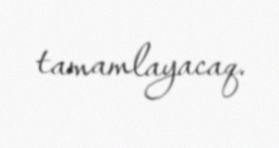
tamamlayacaq.